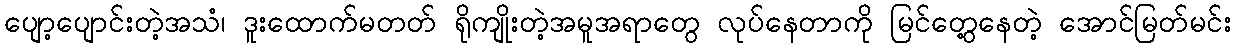
ပျော့ပျောင်းတဲ့အသံ၊ ဒူးထောက်မတတ် ရိုကျိုးတဲ့အမူအရာတွေ လုပ်နေတာကို မြင်တွေ့နေတဲ့ အောင်မြတ်မင်း